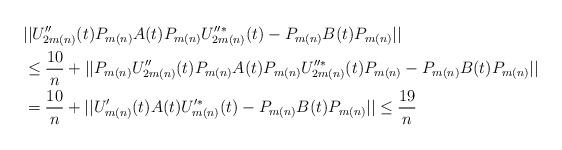
LaTeX: \begin{align*}&||U_{2m(n)}''(t)P_{m(n)}A(t)P_{m(n)}U_{2m(n)}''^*(t)-P_{m(n)}B(t)P_{m(n)}||\\&\leq \frac{10}{n}+||P_{m(n)}U_{2m(n)}''(t)P_{m(n)}A(t)P_{m(n)}U_{2m(n)}''^*(t)P_{m(n)}-P_{m(n)}B(t)P_{m(n)}||\\&=\frac{10}{n}+||U_{m(n)}'(t)A(t)U_{m(n)}'^*(t)-P_{m(n)}B(t)P_{m(n)}||\leq \frac{19}{n}\end{align*}